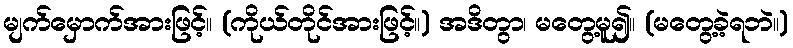
မျက်မှောက်အားဖြင့်။ (ကိုယ်တိုင်အားဖြင့်။) အဒိတွာ၊ မတွေ့မူ၍။ (မတွေ့ခဲ့ရဘဲ။)